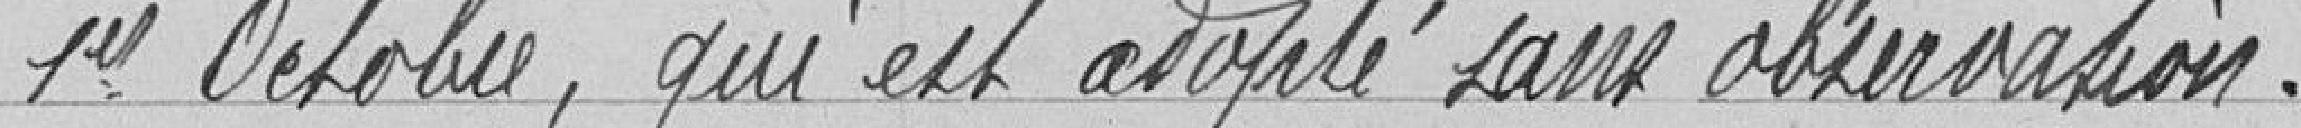
1er octobre, qui est adopté sans observations.